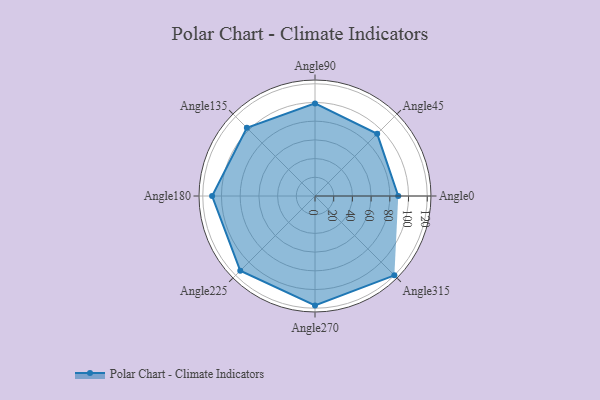
{"axis": {"x": "Angle", "y": "Radius"}, "legend": [""], "data": [{"x": "Angle0", "y": 89.0, "type": ""}, {"x": "Angle45", "y": 94.0, "type": ""}, {"x": "Angle90", "y": 99.0, "type": ""}, {"x": "Angle135", "y": 103.0, "type": ""}, {"x": "Angle180", "y": 110.0, "type": ""}, {"x": "Angle225", "y": 113.0, "type": ""}, {"x": "Angle270", "y": 117.0, "type": ""}, {"x": "Angle315", "y": 120.0, "type": ""}]}